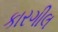
કારગીલ